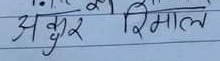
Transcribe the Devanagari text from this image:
अंकुर रिमाल